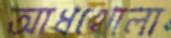
আধখোলা